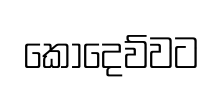
කොදෙව්වට